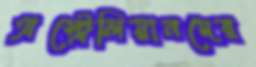
অস্ট্রেলিয়ানদের